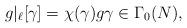
LaTeX: \begin{align*} g|_{\ell}[\gamma] = \chi(\gamma) g \gamma \in \Gamma_0(N),\end{align*}